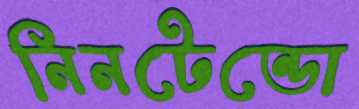
নিনটেন্ডো